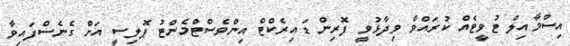
އިސްމާއިލް ޓުވީޓެއް ކުރައްވާ ވިދާޅުވީ ފޮރިން ޑައިރެކްޓް އިންވެސްޓްމެންޓު ޕޮލިސީ އަށް ގެނެސްފައިވާ